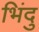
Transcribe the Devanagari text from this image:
भिंदु